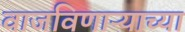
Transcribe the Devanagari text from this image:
वाजविणाऱ्याच्या